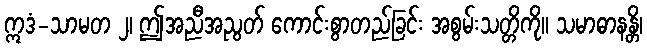
ဣဒံ-သာမတ ၂၊ ဤအညီအညွတ် ကောင်းစွာတည်ခြင်း အစွမ်းသတ္တိကို။ သမာဓာနန္တိ၊